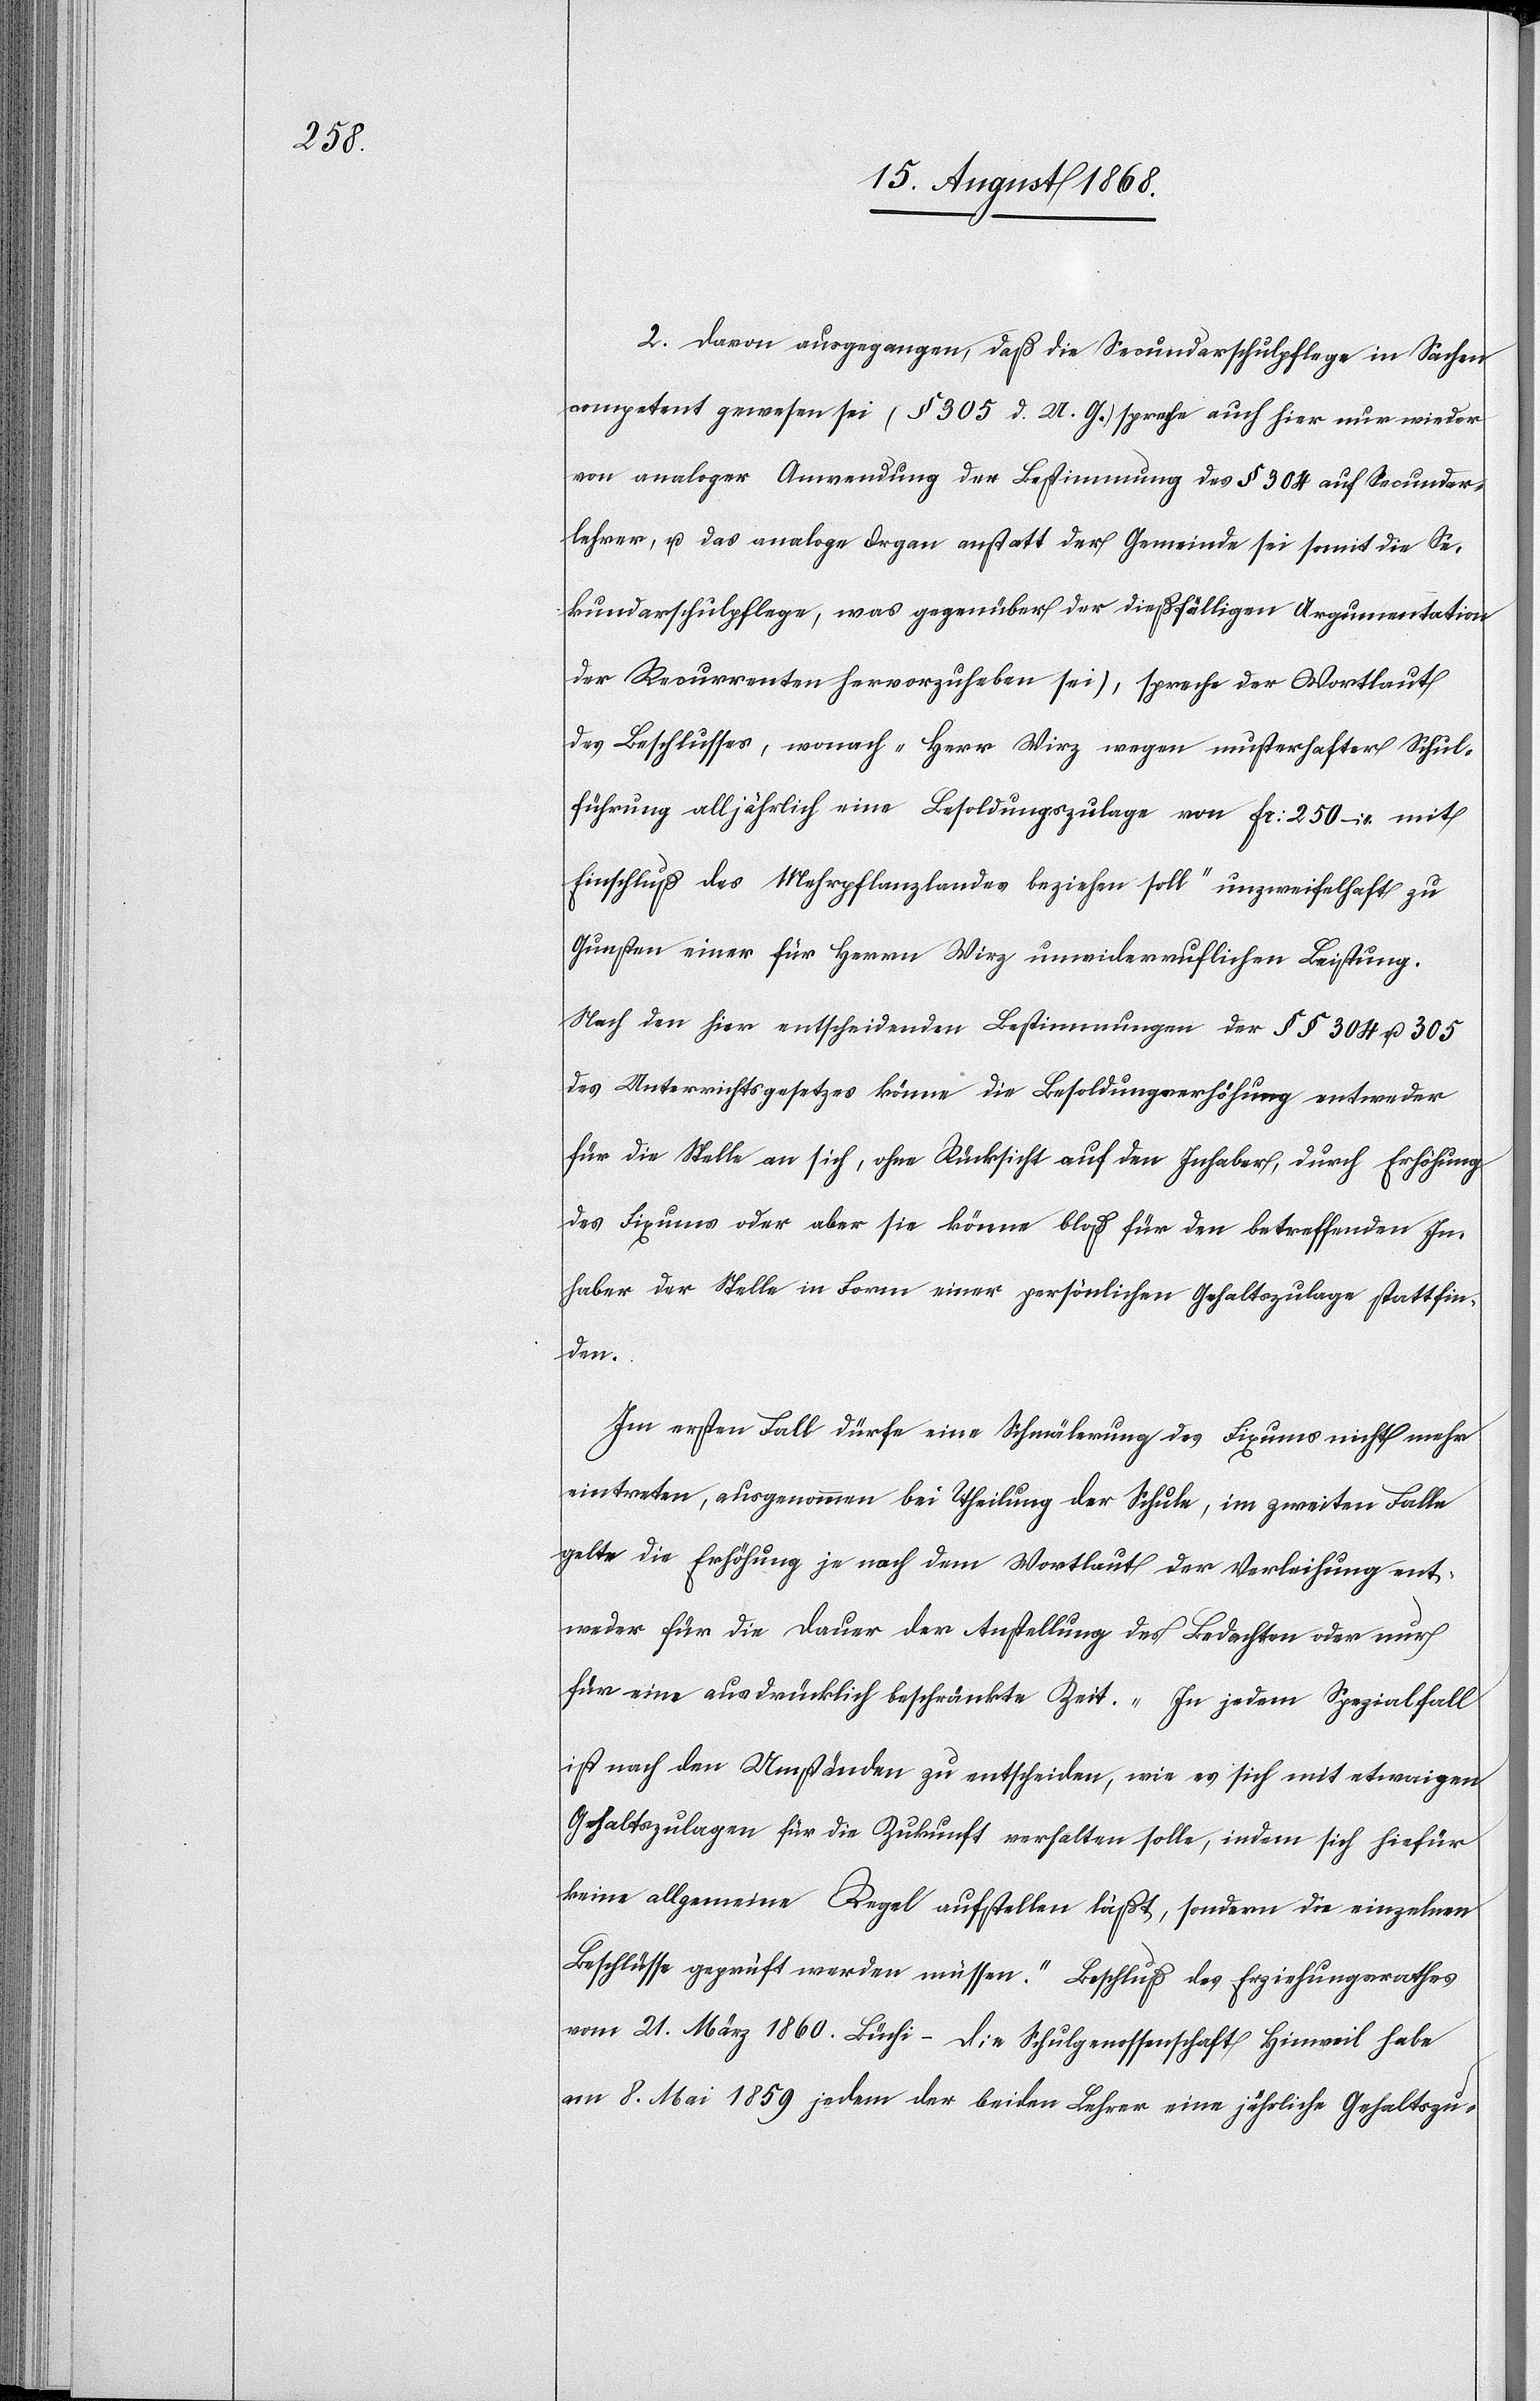
2. Davon ausgegangen, daß die Secundarschulpflege in Sachen
competent gewesen sei (§ 305 d. U. G. spreche auch hier nur wieder
von analoger Anwendung der Bestimmung des § 304 auf Secundar¬
lehrer, u. das analoge Organ anstatt der Gemeinde sei somit die Se¬
kundarschulpflege, was gegenüber der dießfälligen Argumentation
der Recurrenten hervorzuheben sei), spreche der Wortlaut
des Beschlusses, wonach „Herr Wirz wegen musterhafter Schul¬
führung alljährlich eine Besoldungszulage von Fr: 250 – mit
Einschluß des Mehrpflanzlandes beziehen soll“ unzweifelhaft zu
Gunsten einer für Herrn Wirz unwiderruflichen Leistung.
Nach den hier entscheidenden Bestimmungen der §§ 304 u. 305
des Unterrichtsgesetzes könne die Besoldungserhöhung entweder
für die Stelle an sich, ohne Rücksicht auf den Inhaber, durch Erhöhung
des Fixums oder aber sie könne bloß für den betreffenden In¬
haber der Stelle in Form einer persönlichen Gehaltszulage stattfin¬
den.
Im ersten Fall dürfe eine Schmälerung des Fixums nicht mehr
eintreten, ausgenommen bei Theilung der Schule, im zweiten Falle
gelte die Erhöhung je nach dem Wortlaut der Verleihung ent¬
weder für die Dauer der Anstellung des Bedachten oder nur
für eine ausdrücklich beschränkte Zeit. „In jedem Spezialfall
ist nach den Umständen zu entscheiden, wie es sich mit etwaigen
Gehaltszulagen für die Zukunft verhalten solle, indem sich hiefür
keine allgemeine Regel aufstellen läßt, sondern die einzelnen
Beschlüsse geprüft werden müssen.“ Beschluß des Erziehungsrathes
vom 21. März 1860. Büchi – Die Schulgenossenschaft Hinweil habe
am 8. Mai 1859 jedem der beiden Lehrer eine jährliche Gehaltszu-